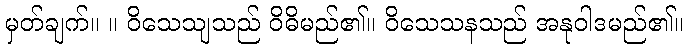
မှတ်ချက်။ ။ ဝိသေသျသည် ဝိဓိမည်၏။ ဝိသေသနသည် အနုဝါဒမည်၏။